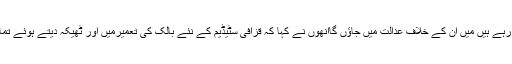
انھوں نے الزام لگایا کہ سلیم الطاف اور اعجاز بٹ میری کردار کشی کر رہے ہیں میں ان کے خلاف عدالت میں جاؤں گاانھوں نے کہا کہ قزافی سٹیڈیم کے نئے بالک کی تعمیرمیں اور ٹھیکہ دیتے ہوئے تمام قوائد کو پورا کیا گیا تھا میرے پاس تمام ڈاکومنٹس کی فوٹو کاپی ہے ۔